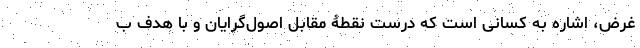
غرض، اشاره به کسانی است که درست نقطۀ مقابل اصول‌گرایان و با هدف ب